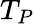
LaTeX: T_{P}